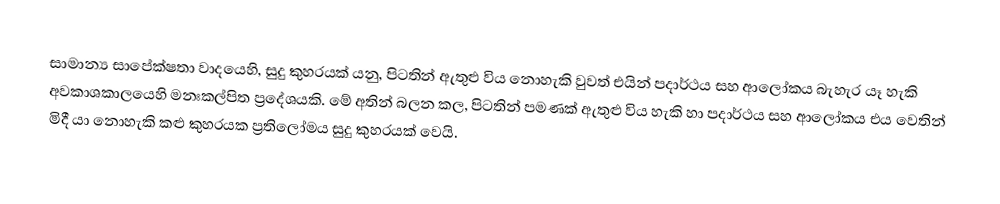
සාමාන්‍ය සාපේක්ෂතා වාදයෙහි, සුදු කුහරයක් යනු, පිටතින් ඇතුළු විය නොහැකි වුවත් එයින්   පදාර්ථය සහ ආලෝකය බැහැර යෑ හැකි අවකාශකාලයෙහි මනඃකල්පිත ප්‍රදේශයකි. මේ අතින් බලන කල, පිටතින් පමණක් ඇතුළු විය හැකි හා පදාර්ථය සහ ආලෝකය එය වෙතින් මිදී යා නොහැකි  කළු කුහරයක  ප්‍රතිලෝමය සුදු කුහරයක් වෙයි.